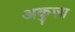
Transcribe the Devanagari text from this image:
अकुज़ा